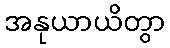
အနုယာယိတွာ